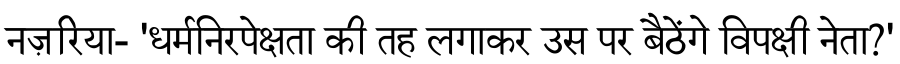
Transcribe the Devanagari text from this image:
नज़रिया- 'धर्मनिरपेक्षता की तह लगाकर उस पर बैठेंगे विपक्षी नेता?'